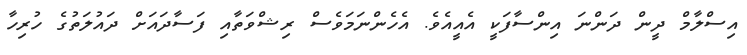
އިސްލާމް ދީން ދަންނަ އިންސާފަކީ އެއީއެވެ. އެހެންނަމަވެސް ރިޝްވަތާއި ފަސާދައަށް ދައުލަތުގެ ހުރިހާ